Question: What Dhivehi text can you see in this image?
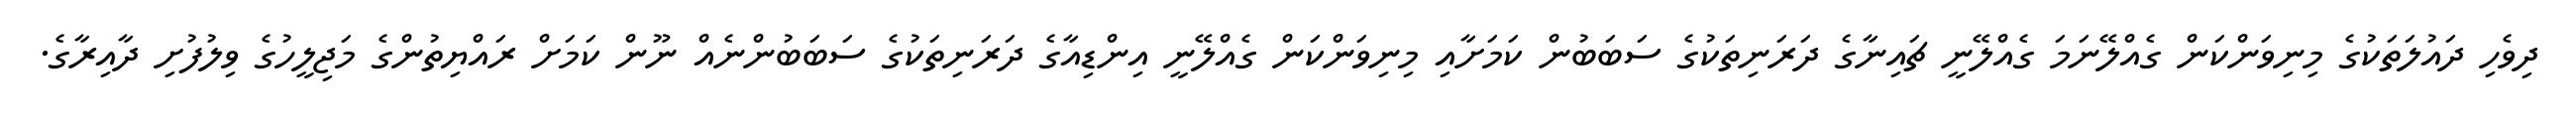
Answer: ދިވެހި ދައުލަތަކުގެ މިނިވަންކަން ގެއްލޭނަމަ ގެއްލޭނީ ޗައިނާގެ ދަރަނިތަކުގެ ސަބަބުން ކަމަށާއި މިނިވަންކަން ގެއްލޭނީ އިންޑިއާގެ ދަރަނިތަކުގެ ސަބަބުންނެއް ނޫން ކަމަށް ރައްޔިތުންގެ މަޖިލީހުގެ ވިލުފުށި ދާއިރާގެ.